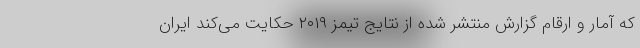
که آمار و ارقام گزارش منتشر شده از نتایج تیمز ٢٠١٩ حکایت می‌کند ایران